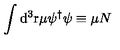
\int \mathrm { d } ^ { 3 } \mathrm { r } \mu \psi ^ { \dagger } \/ \psi \equiv \mu N